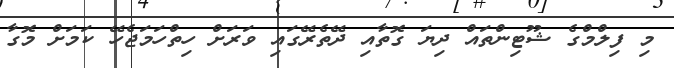
މި ފިލްމްގެ ޝޫޓިންތައް ދިޔަ ގޮތާއި ދޭތެރޭގައި ވަރަށް ހިތްހަމަޖެހޭ ކަމަށް މޮގާ